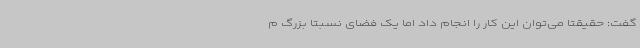
گفت: حقیقتا می‌توان این کار را انجام داد اما یک فضای نسبتا بزرگ م